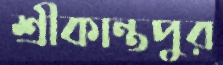
শ্রীকান্তপুর